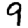
Digit: 9